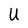
Character: U